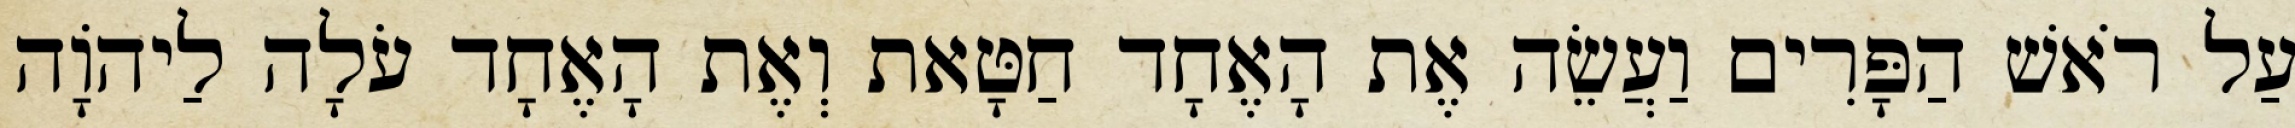
עַל רֹאשׁ הַפָּרִים וַעֲשֵׂה אֶת הָאֶחָד חַטָּאת וְאֶת הָאֶחָד עֹלָה לַיהֹוָה